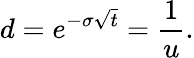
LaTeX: d=e^{-\sigma{\sqrt{t}}}={\frac{1}{u}}.